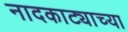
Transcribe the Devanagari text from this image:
नादकाट्याच्या